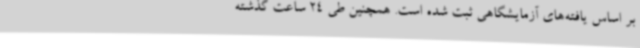
بر اساس یافته‌های آزمایشگاهی ثبت شده است. همچنین طی 24 ساعت گذشته